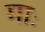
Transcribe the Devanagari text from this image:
माः